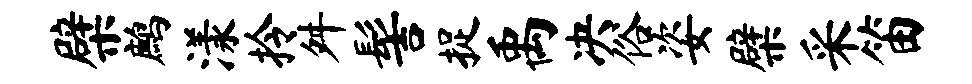
檗鹧漾拎舛髻捉禹决俗姿檗采笛